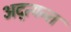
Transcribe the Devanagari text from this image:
अद्त्यन्त